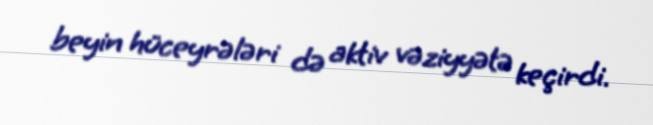
beyin hüceyrələri də aktiv vəziyyətə keçirdi.